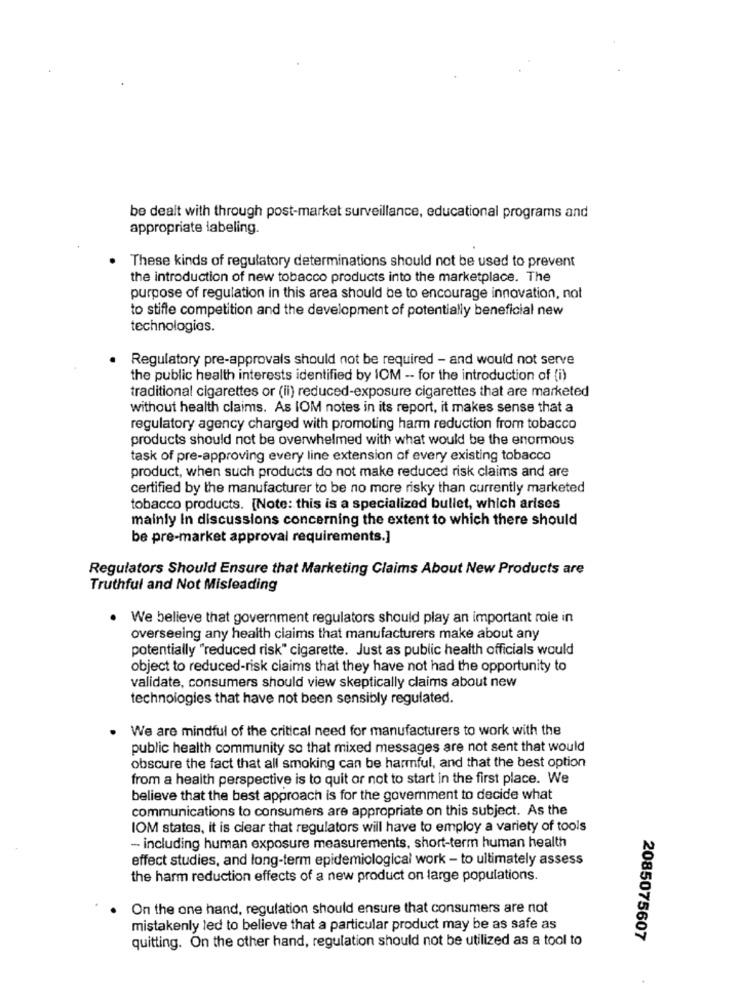
be dealt with through post-market surveillance, educational programs and
appropriate labeling.
These kinds of regulatory determinations should not be used to prevent
the introduction of new tobacco products into the marketplace. The
purpose of regulation in this area should be to encourage innovation, not
to stifle competition and the development of potentially beneficial new
technologies.
Regulatory pre-approvals should not be required - and would not serve
the public health interests identified by IOM -- for the introduction of (i)
traditional cigarettes or (ii) reduced-exposure cigarettes that are marketed
without health claims. As IOM notes in its report, it makes sense that a
regulatory agency charged with promoting harm reduction from tobacco
products should not be overwhelmed with what would be the enormous
task of pre-approving every line extension of every existing tobacco
product, when such products do not make reduced risk claims and are
certified by the manufacturer to be no more risky than currently marketed
tobacco products. [Note: this is a specialized bullet, which arises
mainly In discussions concerning the extent to which there should
be pre-market approval requirements.]
Regulators Should Ensure that Marketing Claims About New Products are
Truthful and Not Misleading
We believe that government regulators should play an important role in
overseeing any health claims that manufacturers make about any
potentially "reduced risk" cigarette. Just as public health officials would
object to reduced-risk claims that they have not had the opportunity to
validate, consumers should view skeptically claims about new
technologies that have not been sensibly regulated.
We are mindful of the critical need for manufacturers to work with the
public health community so that mixed messages are not sent that would
obscure the fact that all smoking can be harmful, and that the best option
from a health perspective is to quit or not to start in the first place. We
believe that the best approach is for the government to decide what
communications to consumers are appropriate on this subject. As the
IOM states, it is clear that regulators will have to employ a variety of tools
- including human exposure measurements, short-term human health
effect studies, and long-term epidemiological work - to ultimately assess
the harm reduction effects of a new product on large populations.
On the one hand, regulation should ensure that consumers are not
mistakenly led to believe that a particular product may be as safe as
quitting. On the other hand, regulation should not be utilized as a tool to
2085075607